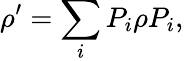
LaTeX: \rho^{\prime}=\sum_{i}P_{i}\rho P_{i},